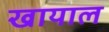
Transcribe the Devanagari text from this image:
खायाल